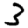
Digit: 3